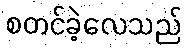
စတင်ခဲ့လေသည်